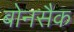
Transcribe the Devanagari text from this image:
बोनसैक